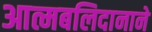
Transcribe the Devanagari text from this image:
आत्मबलिदानाने